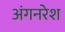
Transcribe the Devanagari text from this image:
अंगनरेश